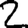
Digit: 2